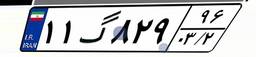
۶۰گ۹۲۵۷۶